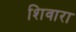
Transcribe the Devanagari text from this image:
शिवारा